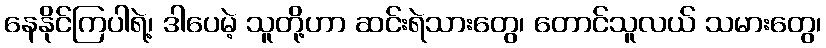
နေနိုင်ကြပါရဲ့၊ ဒါပေမဲ့ သူတို့ဟာ ဆင်းရဲသားတွေ၊ တောင်သူလယ် သမားတွေ၊